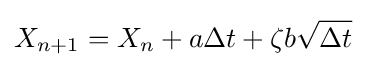
X_{n+1}=X_{n}+a\Delta t+\zeta b{\sqrt {\Delta t}}